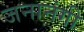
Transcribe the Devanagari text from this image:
जनानंगी